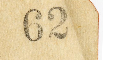
62